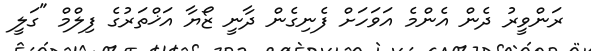
ރަންވީރު ދެން އެންމެ އަވަހަށް ފެނިގެން ދާނީ ޒޯޔާ އަޚްތަރުގެ ފިލްމް "ގަލީ